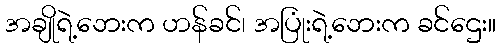
အချိုရဲ့ဘေးက ဟန်ခင်၊ အပြုံးရဲ့ဘေးက ခင်ဌေး။